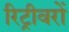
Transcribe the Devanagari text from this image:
रिट्रीवरों